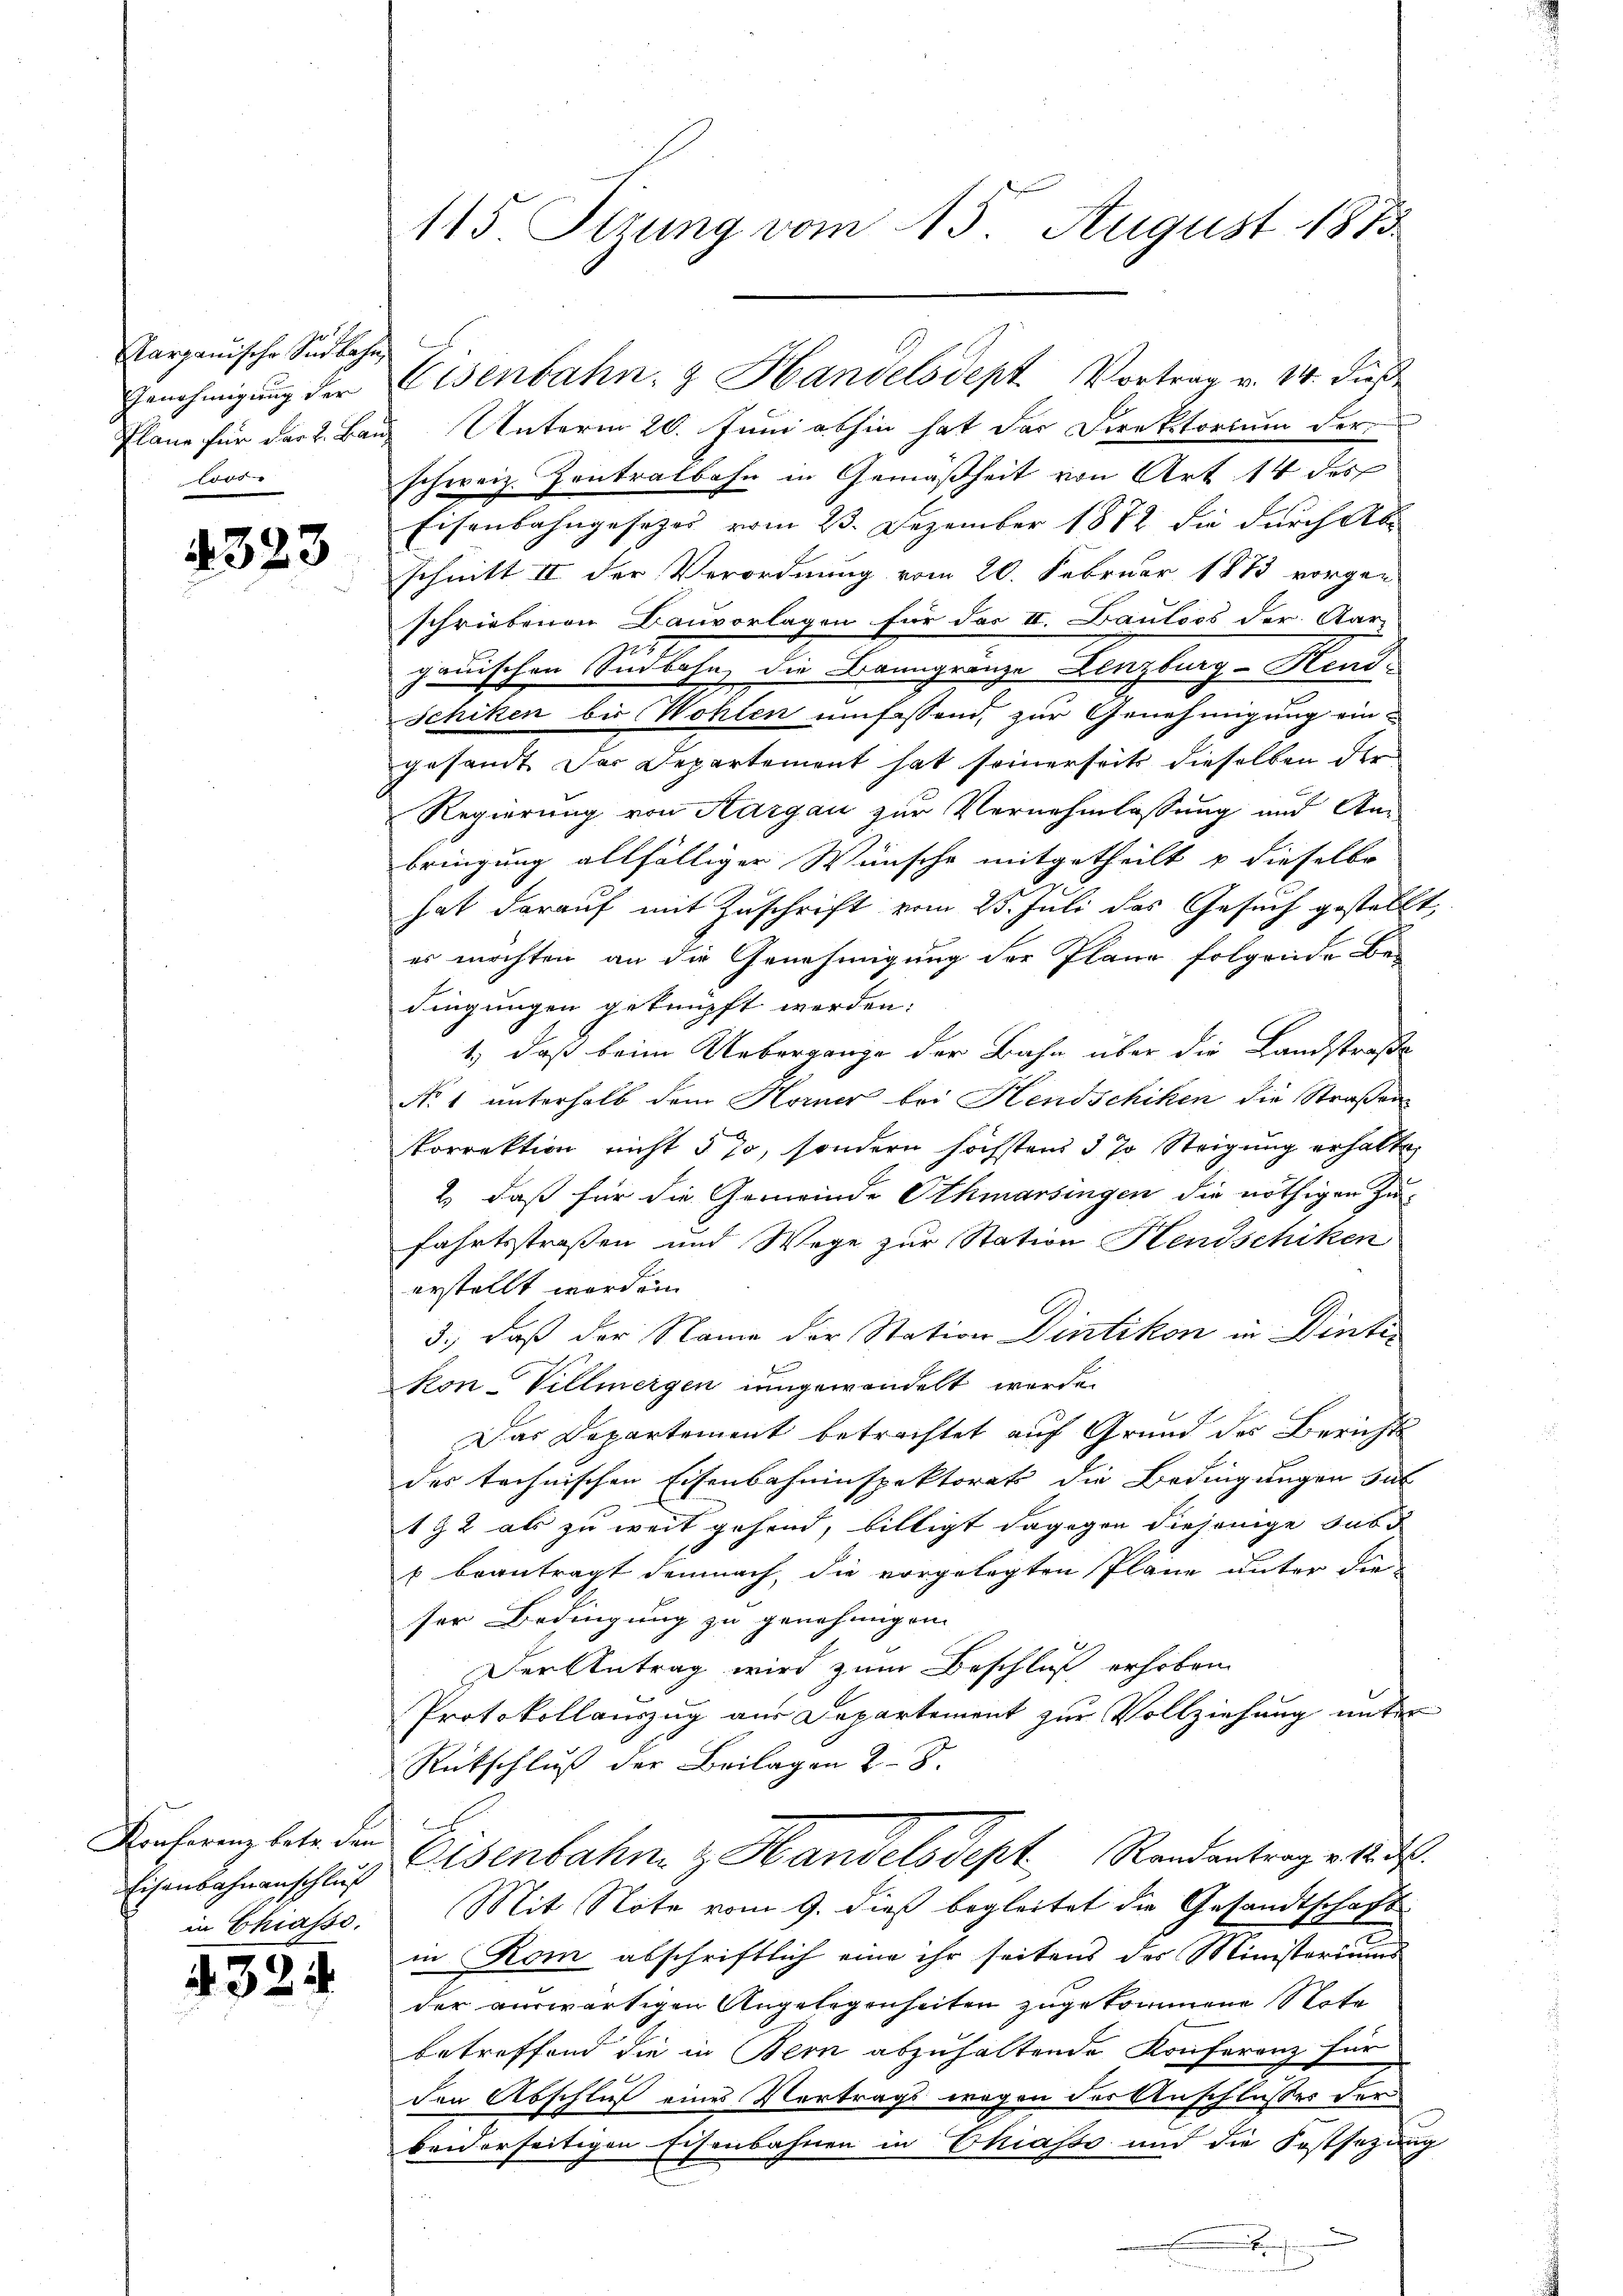
Aargauische Südbahn,
lors

323

Konferenz betr. den
Eisenbahnanschluß
in Chiasso.

324.

Plane für dar 2. Bau Unterm 20. Juni abhin hat der Direktorium der
schweiz. Zentralbahn in Gemäßheit von Art 14 des
Eisenbahngesezes vom 23. Dezember 1872 die durch Ab
schnitt II der Verordnung vom 20. Februar 1883 vorgen
schriebenen Bauvorlagen für das II. Bauloss der Aar-
gauischen Südbahn, die Banngränze Lenzburg-Hend
Schiken bis Wohlen umfassend, zur Genehmigung ein-
gesandt. Das Departement hat seinerseits dieselben der
Regierung von Aargau zur Vernehmlassung und An-
bringung allfälliger Wünsche mitgetheilt u dieselbe
hat darauf mit Zuschrift vom 25. Juli das Gesuch gestellt,
es möchten an die Genehmigung der Plane folgende Be-
dingungen geknüpft werden:
1.) daß beim Uebergange der Bahn über die Landstraße
No. 1 unterhalb dem Horner bei Hendschiken die Straßen
korrektion nicht § 70, sondern höchstens 5 % Steigung erhalte,
2) daß für die Gemeinde Othmarsingen die nöthigen Zufahrtsstraßen und Wege zur Station Hendschiken
erstellt worden.
3., daß der Name der Station Dintikon in Dinter
kon-Villmergen ungewandelt werde.
Das Departement betrachtet auf Grund des Berichts
des technischen Eisenbahninspektorats die Bedingungen sul
12 als zu weit gehend, billigt dagegen diejenige Subs
u beantragt demnach, die vorgelegten Pläne unter die
ser Bedingung zu genehmigen.
Der Antrag wird zum Beschluß erhoben
Protokollauszug aus Departement zur Vollziehung unter
Rutschluß der Beilagen 28.
Eisenbahn z. Handels Sept Randantrag erte d
Mit Note vom 9. dieß begleitet die Gesandtschaft
in Rom abschriftlich eine ihr seitens des Ministeriums
der auswärtigen Angelegenheiten zugekommene Note
betreffend die in Bern abzuhaltende Konferenz für
den Abschluß eines Vertrags wegen der Anschlusses der
beiderseitigen Eisenbahnen in Chiasso und die Festsezung

115 Sizung vom 15. August 1873.

Genehmigŭng der Eisenbahn- & Handelsdept Vortrag v. 14. dieß